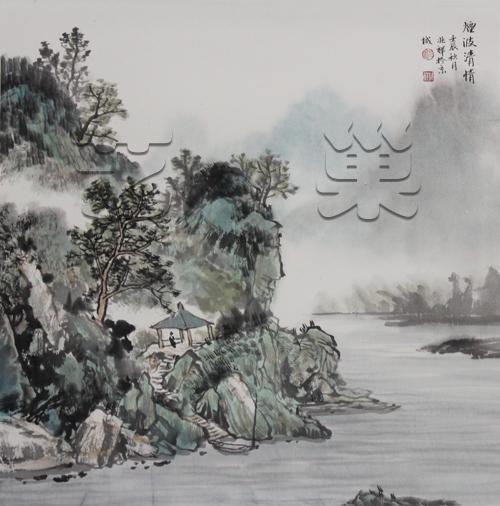
偷弹清泪寄烟波，见江头故人，为言憔悴如许。